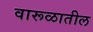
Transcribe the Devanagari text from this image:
वारूळातील